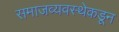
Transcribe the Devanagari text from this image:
समाजव्यवस्थेकडून